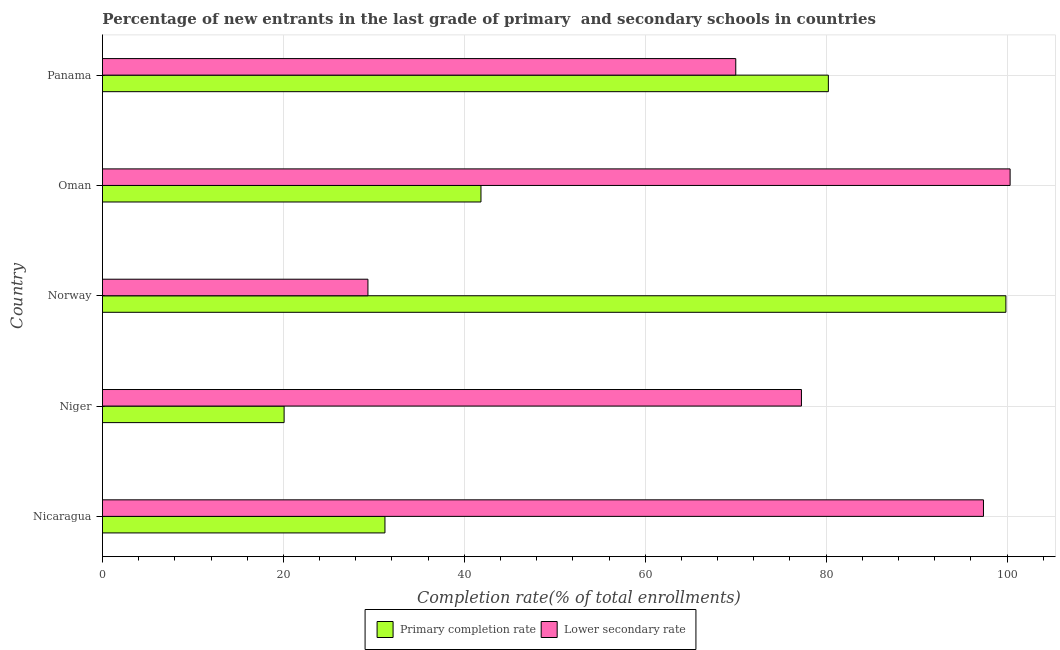
| Country | Primary completion rate | Lower secondary rate |
 | --- | --- | --- |
 | Nicaragua | 31.2 | 97.4 |
 | Niger | 20.1 | 77.3 |
 | Norway | 99.9 | 29.3 |
 | Oman | 41.8 | 100 |
 | Panama | 80.2 | 70 |